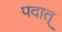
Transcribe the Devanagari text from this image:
पदात्